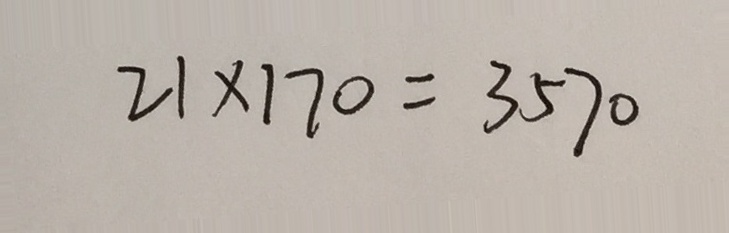
2 1 \times 1 7 0 = 3 5 7 0